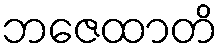
ဘဇေထာတိ